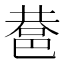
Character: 䢽